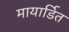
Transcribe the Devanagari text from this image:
मायार्डित